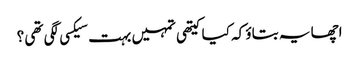
اچھا یہ بتاؤ کہ کیا کیتھی تمہیں بہت سیکسی لگی تھی ؟